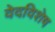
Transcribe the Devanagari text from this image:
वेदविशेष